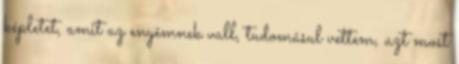
képletet, amit az enyémnek vall, tudomásul vettem, azt most